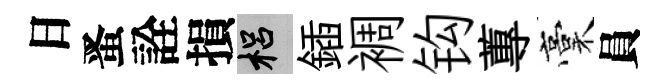
日󱉠詮損梠鍤裯钩蓴稾員